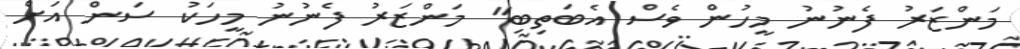
މަންޒަރު ފެނުނު މީހުން ވެސް އެބަތިބި" މަންޒަރު ފެނުނު މީހަކު ސަން އަށް